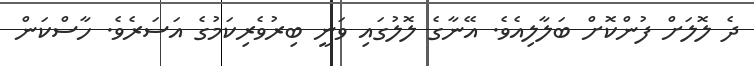
ދެ ލޮލަށް ފުންކޮށް ބަލާލިއެވެ. އޭނާގެ ލޮލުގައި ވަނީ ބިރުވެރިކަމުގެ އަސަރެވެ. ހާސްކަން